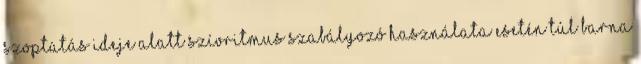
szoptatás ideje alatt Szívritmus szabályozó használata esetén Túl barna